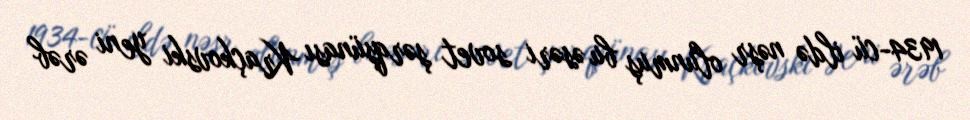
1934-cü ildə nəşr olunmuş bu əsəri sovet şərqşünası Kraçkovski yeni ərəb